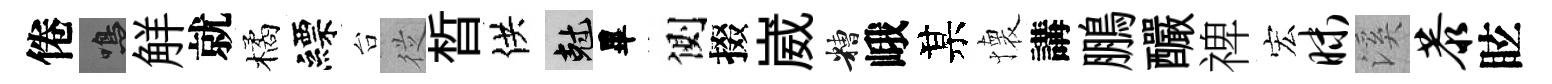
倦鳴觧就橘縹台従晳供剋畢側掇崴糟峨某懐講鵬釅禆宏昧溪恭眩